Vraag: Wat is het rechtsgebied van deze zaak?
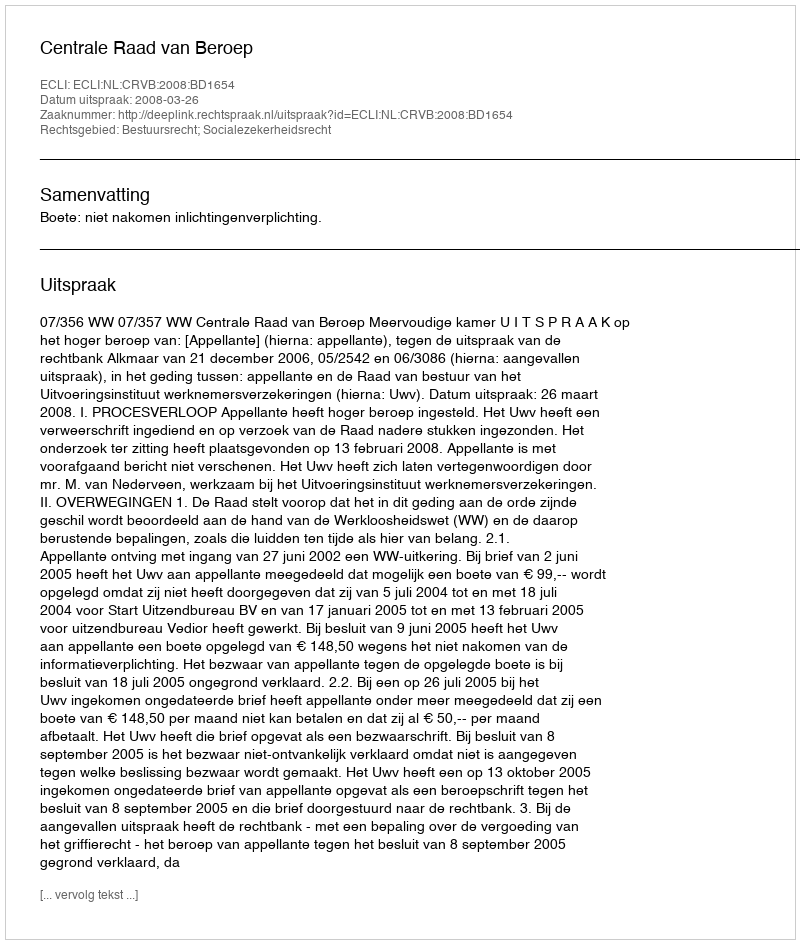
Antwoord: Bestuursrecht; Socialezekerheidsrecht